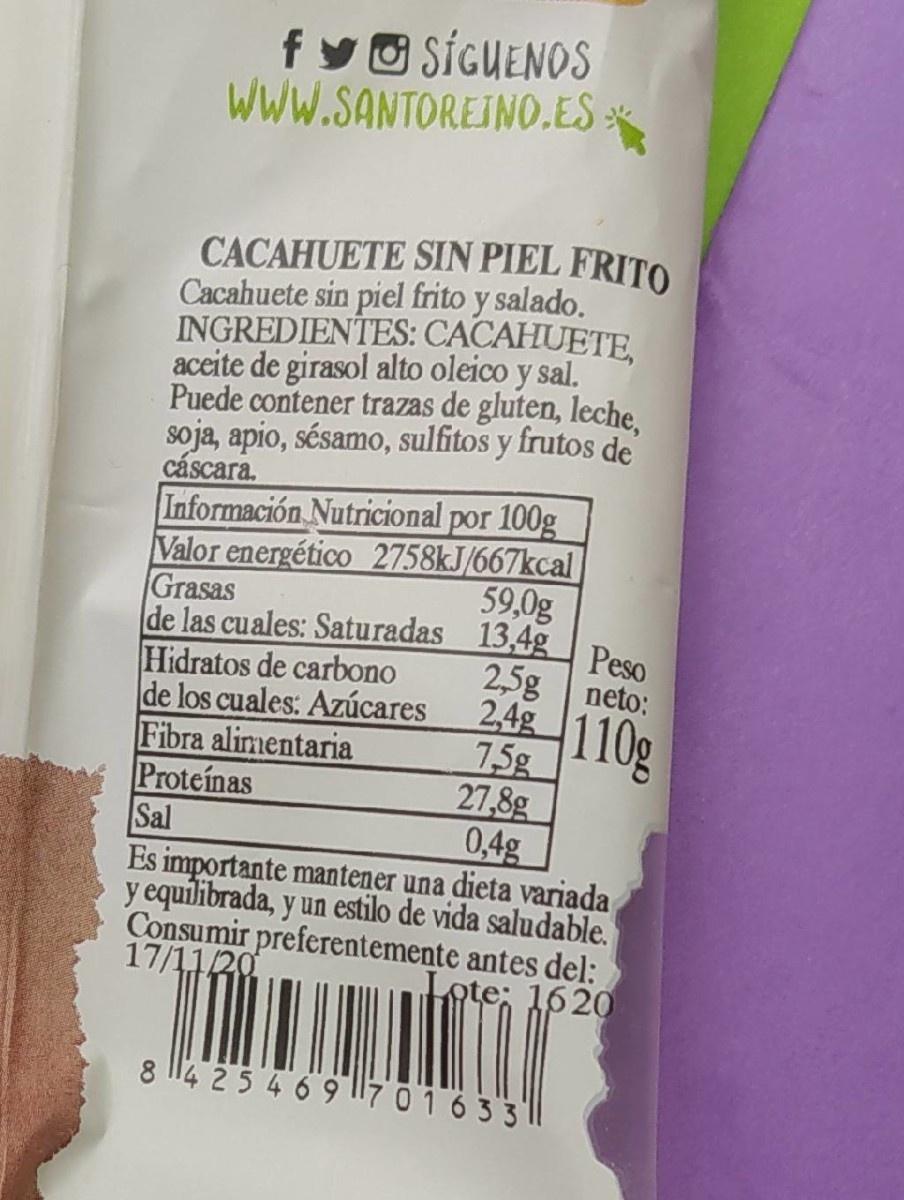
fy O SÍCUENOS Www.SANTOREINO.ES*
CACAHUETE SIN PIEL FRITO Cacahuete sin piel frito y salado. INGREDIENTES: CACAHUETE, aceite de girasol alto oleico y sal. Puede contener trazas de gluten, leche, soja, apio, sésamo, sulfitos y frutos de
cáscara.
Información Nutricional por 100g Valor energético 2758KJ/667kcal 59,0g de las cuales: Saturadas 13,4g
Grasas
Hidratos de carbono de los cuales: Azúcares Fibra alimentaria Proteínas Sal
Peso 2,5g neto: 2,4g 75g 27,8g 0,4g Es importante mantener una dieta variada y equilibrada, y un estilo de vida saludable. Consumir preferentemente antes del: Lote: 1620
110g
17/1120
8 4 25 469 I17 0 1 633